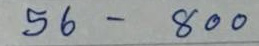
56 - 800